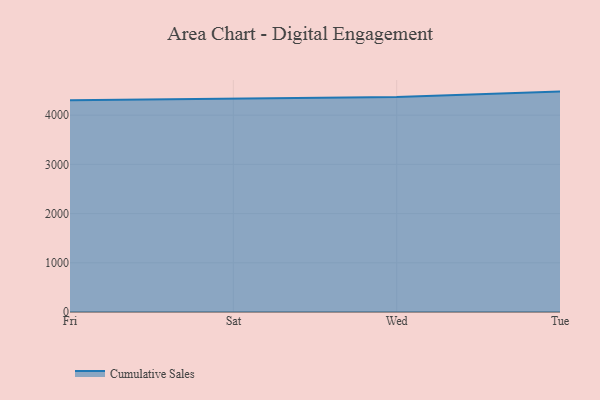
{"axis": {"x": "Day", "y": "Churn Rate (%)"}, "legend": ["Cumulative Sales"], "data": [{"x": "Fri", "y": 4304.2, "type": "Cumulative Sales"}, {"x": "Sat", "y": 4334.8, "type": "Cumulative Sales"}, {"x": "Wed", "y": 4367.3, "type": "Cumulative Sales"}, {"x": "Tue", "y": 4479.0, "type": "Cumulative Sales"}]}